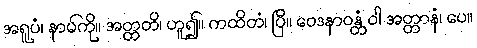
အရူပံ၊ နာမ်ကို။ အတ္တတိ၊ ဟူ၍။ ကထိတံ၊ ပြီ။ ဝေဒနာဝန္တံ ဝါ အတ္တာနံ၊ ပေ။